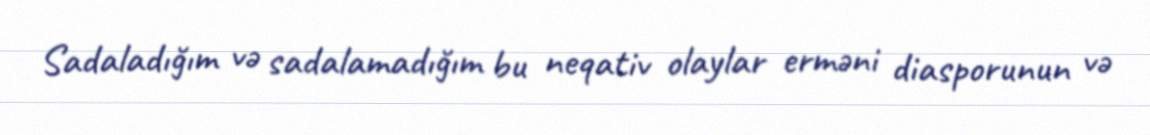
Sadaladığım və sadalamadığım bu neqativ olaylar erməni diasporunun və